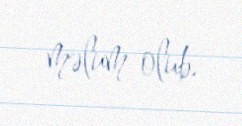
məlum olub.